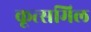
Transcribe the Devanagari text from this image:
कूत्समिल